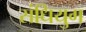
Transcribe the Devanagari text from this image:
संधियुग